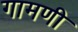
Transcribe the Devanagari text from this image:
गामणी